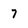
Character: 7